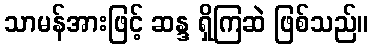
သာမန်အားဖြင့် ဆန္ဒ ရှိကြဆဲ ဖြစ်သည်။